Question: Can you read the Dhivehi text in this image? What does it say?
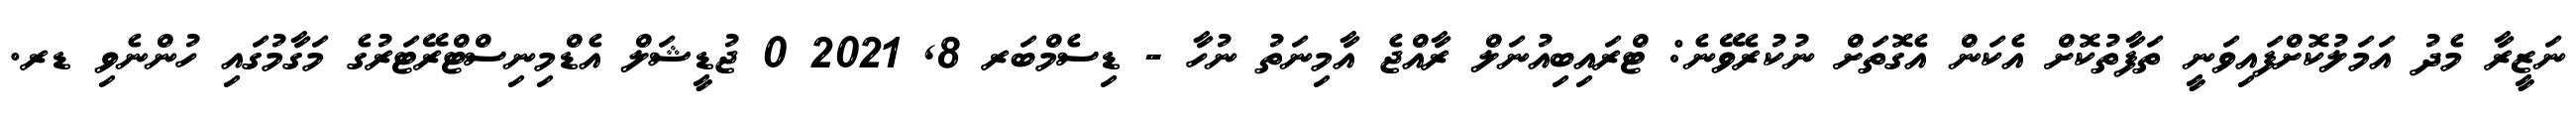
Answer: ނަޒީރާ މެދު އަމަލުކޮށްފައިވަނީ ތަފާތުކޮށް އެކަން އެގޮތަށް ނުކުރެވޭނެ: ޓްރައިބިއުނަލް ރާއްޖެ އާމިނަތު ނުހާ - ޑިސެމްބަރ 8, 2021 0 ޖުޑީޝަލް އެޑްމިނިސްޓްރޭޓަރުގެ މަގާމުގައި ހުންނެވި ޑރ.